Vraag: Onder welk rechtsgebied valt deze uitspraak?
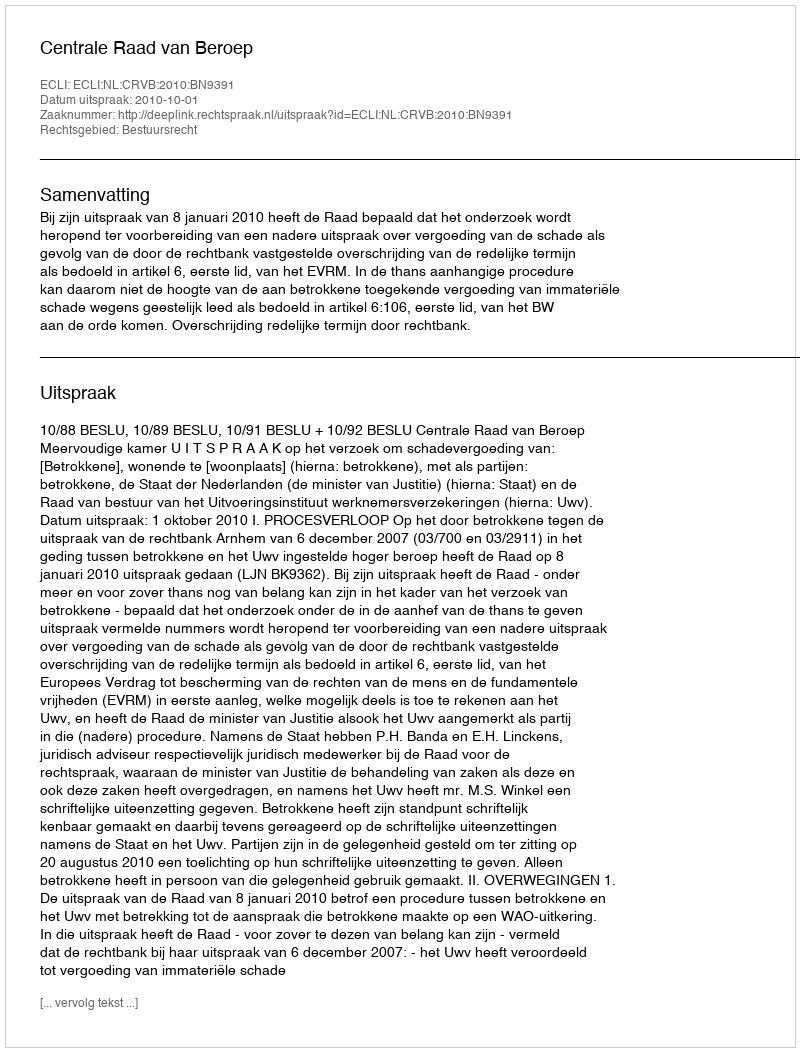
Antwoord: Bestuursrecht